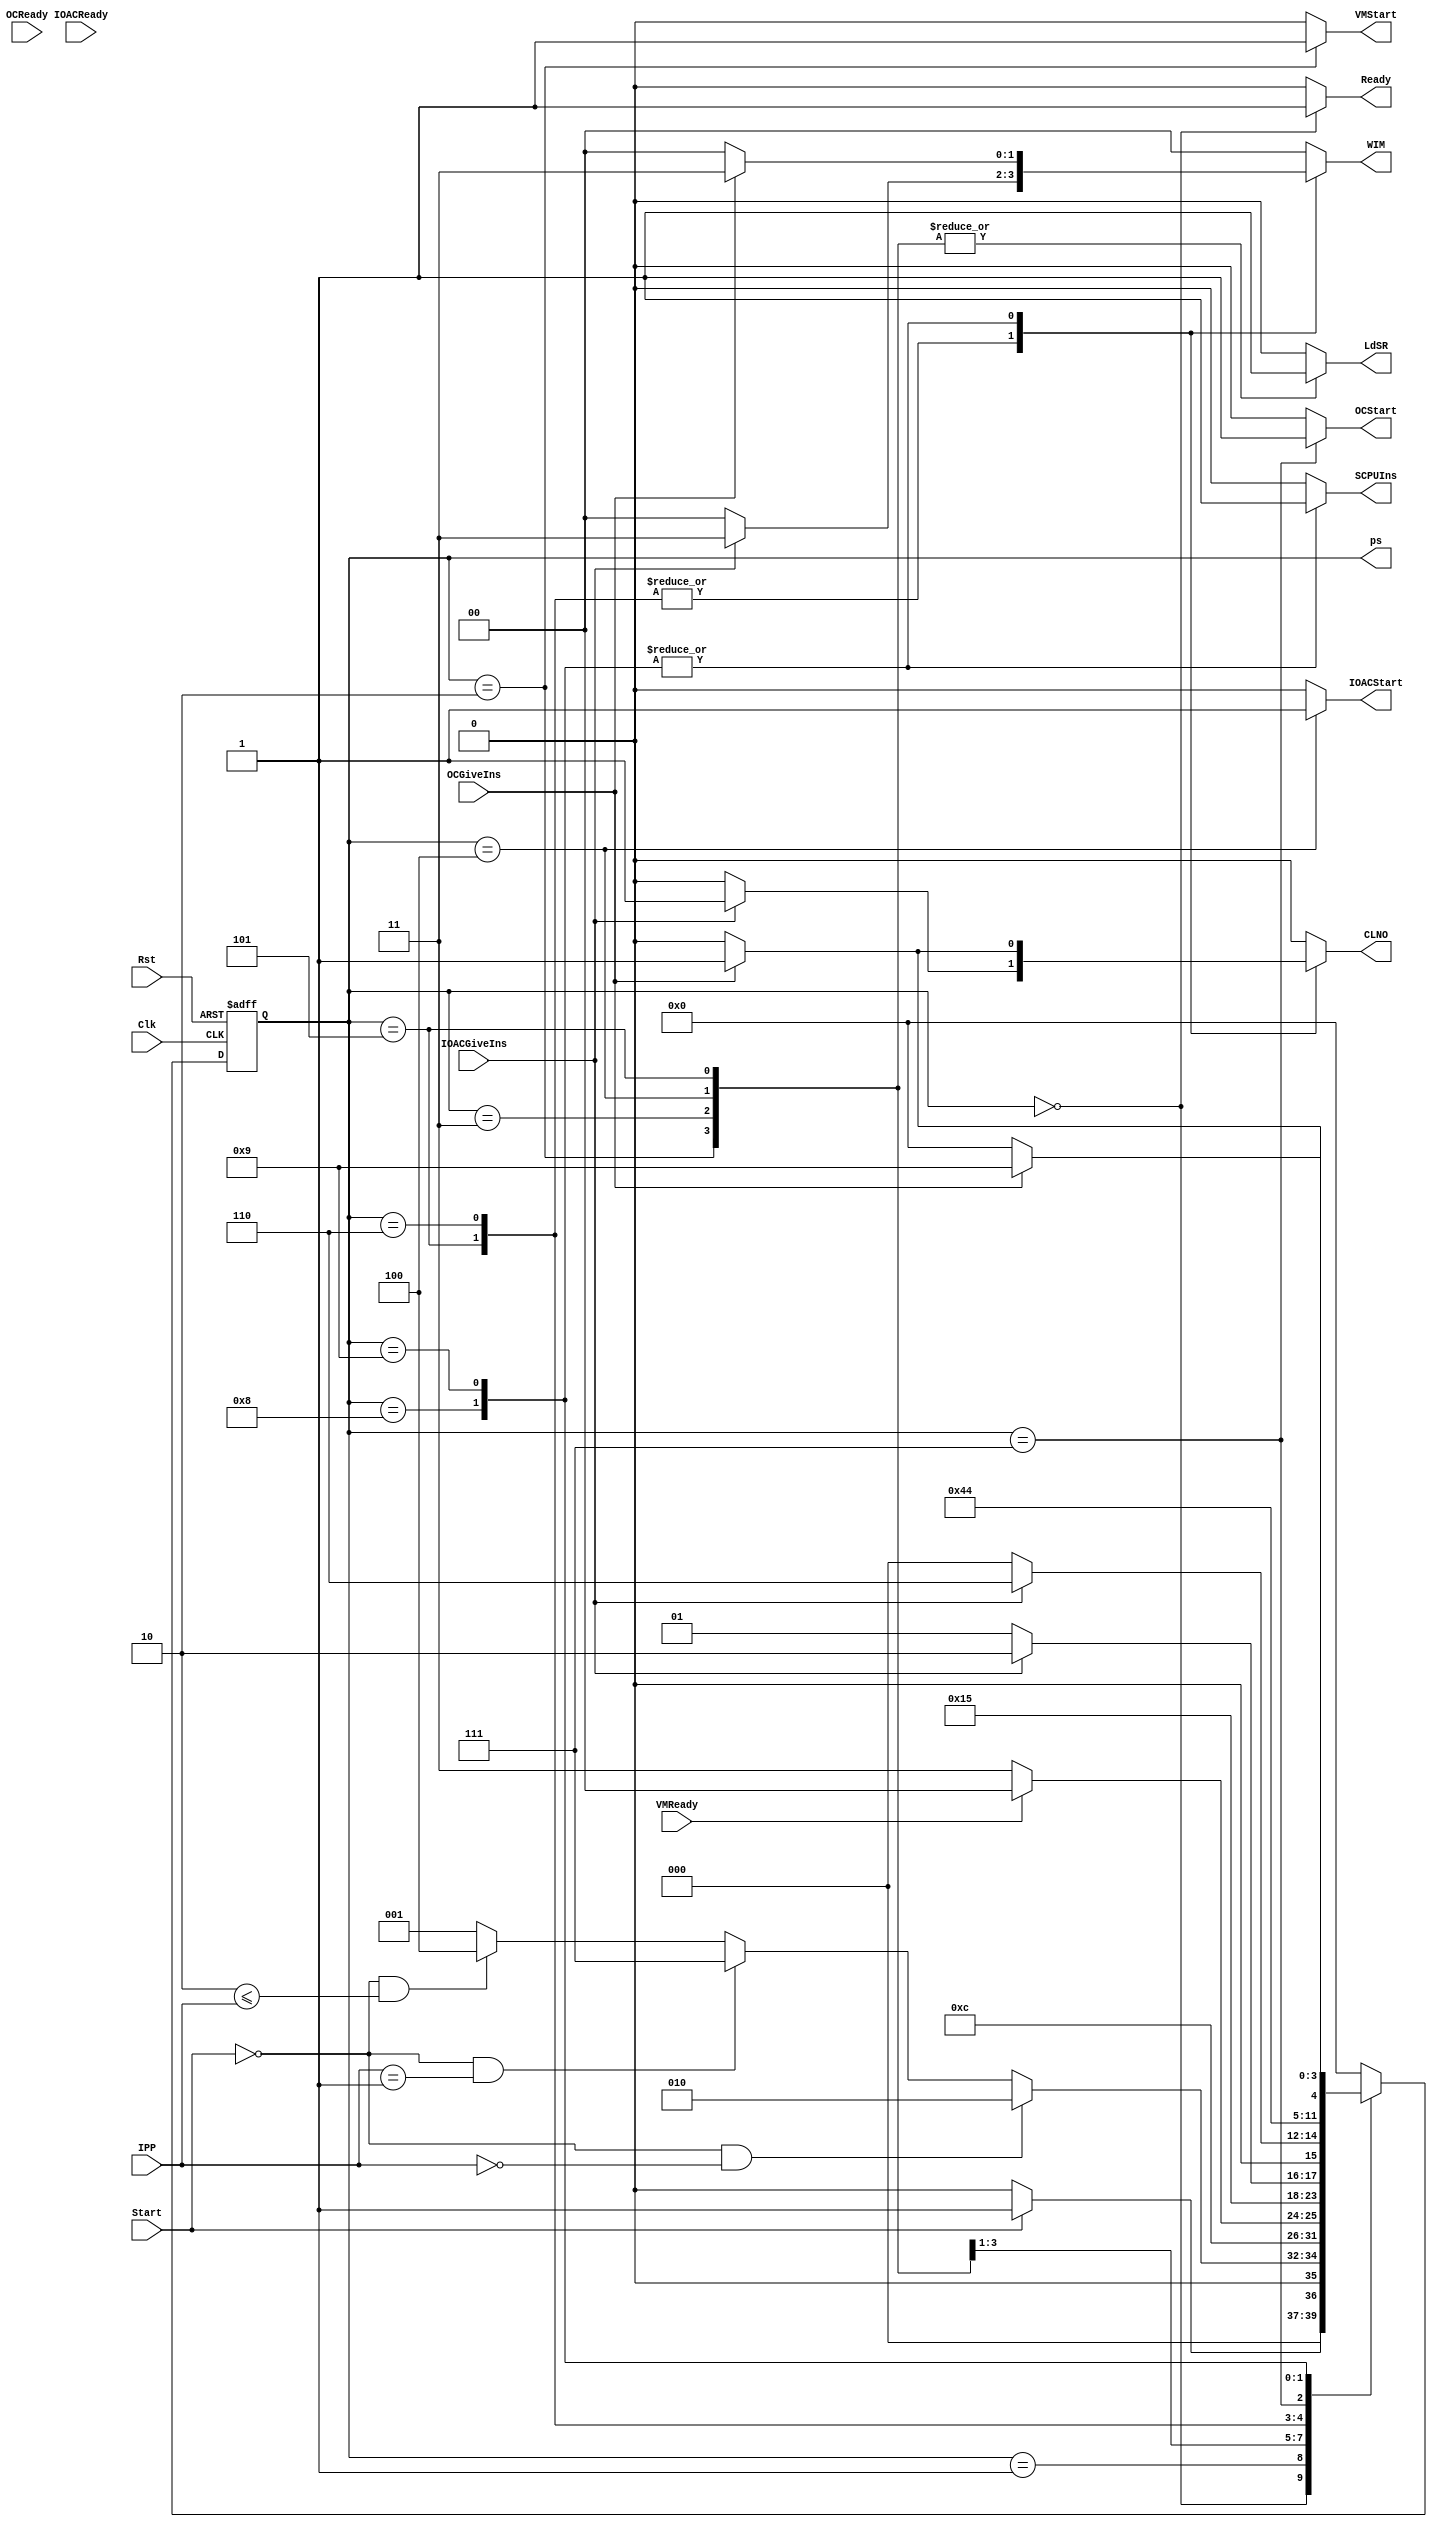
module Compiler_Controller(input [3:0]IPP,input Start,VMReady,IOACReady,OCReady,IOACGiveIns,OCGiveIns,Clk,Rst,output reg [3:0]ps,output reg [1:0]WIM,output reg Ready,LdSR,VMStart,IOACStart,OCStart,CLNO,SCPUIns);
  parameter [3:0]Idle=4'h0,Init=4'h1,VMStarting=4'h2,VMCompile=4'h3,IOACStarting=4'h4,IOACCompile=4'h5,WriteIns1=4'h6,OCStarting=4'h7,OCCompile=4'h8,WriteIns2=4'h9;
  reg [3:0]ns;
  always @(ps,IPP,Start,VMReady,IOACReady,OCReady,IOACGiveIns,OCGiveIns) begin
    begin ns=Idle;{WIM,Ready,LdSR,VMStart,IOACStart,OCStart,CLNO,SCPUIns}=9'h0; end
    case(ps)
      Idle:begin ns=Start?Init:Idle;Ready=1; end
      Init:begin ns=(Start==0 & IPP==4'h0)?VMStarting:(Start==0 & IPP==4'h1)?OCStarting:(Start==0 & 4'h2<=IPP)?IOACStarting:Init; end
      VMStarting:begin ns=VMCompile;LdSR=1;VMStart=1; end
      VMCompile:begin ns=VMReady?Idle:VMCompile;LdSR=1; end
      IOACStarting:begin ns=IOACCompile;LdSR=1;IOACStart=1; end
      IOACCompile:begin ns=IOACGiveIns?WriteIns1:IOACCompile;LdSR=1;WIM=IOACGiveIns?2'h3:2'h0;CLNO=IOACGiveIns?1:0; end
      WriteIns1:begin ns=IOACGiveIns?WriteIns1:Idle;WIM=IOACGiveIns?2'h3:2'h0;CLNO=IOACGiveIns?1:0; end
      OCStarting:begin ns=OCCompile;OCStart=1; end
      OCCompile:begin ns=OCGiveIns?WriteIns2:OCCompile;WIM=OCGiveIns?2'h3:2'h0;CLNO=OCGiveIns?1:0;SCPUIns=1; end
      WriteIns2:begin ns=OCGiveIns?WriteIns2:Idle;WIM=OCGiveIns?2'h3:2'h0;CLNO=OCGiveIns?1:0;SCPUIns=1; end
      default:begin ns=Idle;{WIM,Ready,LdSR,VMStart,IOACStart,OCStart,CLNO,SCPUIns}=9'h0; end
    endcase
  end
  always @(posedge Clk,posedge Rst) begin
   if (Rst) ps<=Idle;
   else ps<=ns;
  end
endmodule